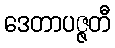
ဒေတာပဇ္ဇတီ